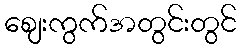
ဈေးကွက်အတွင်းတွင်